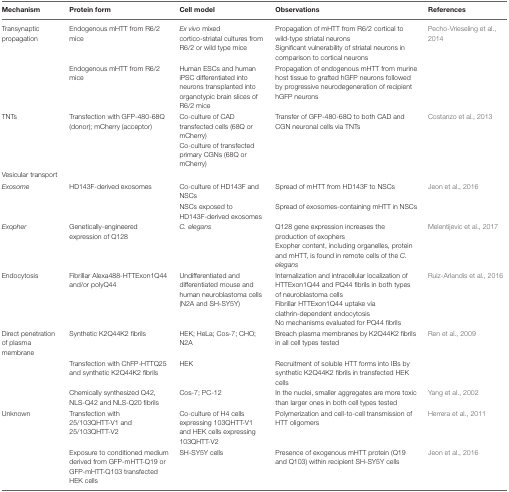
<table><thead><tr><td><b>Mechanism</b></td><td><b>Protein form</b></td><td><b>Cell model</b></td><td><b>Observations</b></td><td><b>References</b></td></tr></thead><tbody><tr><td>Transynaptic propagation</td><td>Endogenous mHTT from R6/2 mice</td><td><i>Ex vivo</i> mixed cortico-striatal cultures from R6/2 or wild type mice</td><td>Propagation of mHTT from R6/2 cortical to wild-type striatal neurons Significant vulnerability of striatal neurons in comparison to cortical neurons</td><td>Pecho-Vrieseling et al., 2014</td></tr><tr><td></td><td>Endogenous mHTT from R6/2 mice</td><td>Human ESCs and human iPSC differentiated into neurons transplanted into organotypic brain slices of R6/2 mice</td><td>Propagation of endogenous mHTT from murine host tissue to grafted hGFP neurons followed by progressive neurodegeneration of recipient hGFP neurons</td><td></td></tr><tr><td>TNTs</td><td>Transfection with GFP-480-68Q (donor); mCherry (acceptor)</td><td>Co-culture of CAD transfected cells (68Q or mCherry) Co-culture of transfected primary CGNs (68Q or mCherry)</td><td>Transfer of GFP-480-68Q to both CAD and CGN neuronal cells via TNTs</td><td>Costanzo et al., 2013</td></tr><tr><td>Vesicular transport</td><td></td><td></td><td></td><td></td></tr><tr><td><i>Exosome</i></td><td>HD143F-derived exosomes</td><td>Co-culture of HD143F and NSCs</td><td>Spread of mHTT from HD143F to NSCs</td><td>Jeon et al., 2016</td></tr><tr><td></td><td></td><td>NSCs exposed to HD143F-derived exosomes</td><td>Spread of exosomes-containing mHTT in NSCs</td><td></td></tr><tr><td><i>Exopher</i></td><td>Genetically-engineered expression of Q128</td><td><i>C. elegans</i></td><td>Q128 gene expression increases the production of exophers Exopher content, including organelles, protein and mHTT, is found in remote cells of the <i>C. elegans</i></td><td>Melentijevic et al., 2017</td></tr><tr><td>Endocytosis</td><td>Fibrillar Alexa488-HTTExon1Q44 and/or polyQ44</td><td>Undifferentiated and differentiated mouse and human neuroblastoma cells (N2A and SH-SY5Y)</td><td>Internalization and intracellular localization of HTTExon1Q44 and PQ44 fibrils in both types of neuroblastoma cells Fibrillar HTTExon1Q44 uptake via clathrin-dependent endocytosis No mechanisms evaluated for PQ44 fibrils</td><td>Ruiz-Arlandis et al., 2016</td></tr><tr><td>Direct penetration of plasma membrane</td><td>Synthetic K2Q44K2 fibrils</td><td>HEK; HeLa; Cos-7; CHO; N2A</td><td>Breach plasma membranes by K2Q44K2 fibrils in all cell types tested</td><td>Ren et al., 2009</td></tr><tr><td></td><td>Transfection with ChFP-HTTQ25 and synthetic K2Q44K2 fibrils</td><td>HEK</td><td>Recruitment of soluble HTT forms into IBs by synthetic K2Q44K2 fibrils in transfected HEK cells</td><td></td></tr><tr><td></td><td>Chemically synthesized Q42, NLS-Q42 and NLS-Q20 fibrils</td><td>Cos-7; PC-12</td><td>In the nuclei, smaller aggregates are more toxic than larger ones in both cell types tested</td><td>Yang et al., 2002</td></tr><tr><td>Unknown</td><td>Transfection with 25/103QHTT-V1 and 25/103QHTT-V2</td><td>Co-culture of H4 cells expressing 103QHTT-V1 and HEK cells expressing 103QHTT-V2</td><td>Polymerization and cell-to-cell transmission of HTT oligomers</td><td>Herrera et al., 2011</td></tr><tr><td></td><td>Exposure to conditioned medium derived from GFP-mHTT-Q19 or GFP-mHTT-Q103 transfected HEK cells</td><td>SH-SY5Y cells</td><td>Presence of exogenous mHTT protein (Q19 and Q103) within recipient SH-SY5Y cells</td><td>Jeon et al., 2016</td></tr></tbody></table>